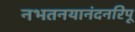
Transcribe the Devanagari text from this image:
नभतनयानंदनरिपू